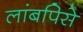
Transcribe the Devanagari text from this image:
लांबपिसे